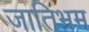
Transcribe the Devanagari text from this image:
जातिभ्रम